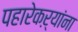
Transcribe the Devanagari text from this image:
पहारेकऱ्यांना